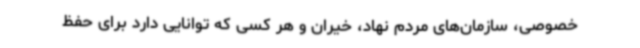
خصوصی، سازمان‌های مردم نهاد، خیران و هر کسی که توانایی دارد برای حفظ